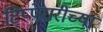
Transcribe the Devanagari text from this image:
टिप्पेरारीच्या